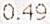
0.49